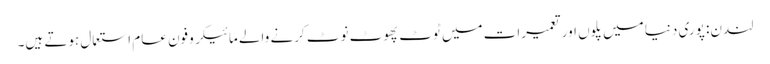
لندن: پوری دنیا میں پلوں اور تعمیرات میں ٹوٹ پھوٹ نوٹ کرنے والے مائیکروفون عام استعمال ہوتے ہیں۔